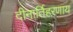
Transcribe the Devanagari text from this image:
दीनार्तिहरणाय